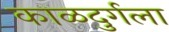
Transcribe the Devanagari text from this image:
काळदुर्गला